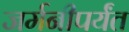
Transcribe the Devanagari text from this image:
जर्मनीपर्यंत